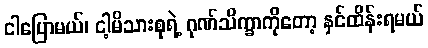
ငါပြောမယ်၊ ငါ့မိသားစုရဲ့ ဂုဏ်သိက္ခာကိုတော့ နှင်ထိန်းရမယ်